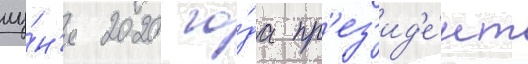
иу́н'я 2020 го́да пр'ез'ид'е́нт